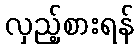
လှည့်စားရန်